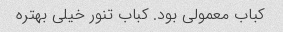
کباب معمولی بود. کباب تنور خیلی بهتره